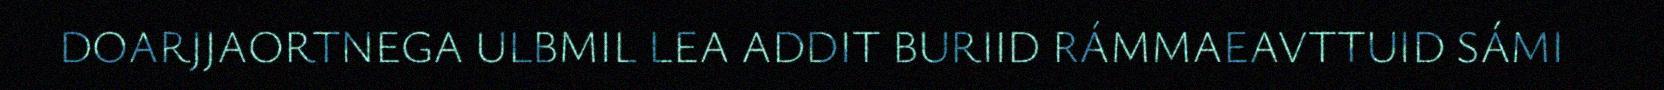
DOARJJAORTNEGA ULBMIL LEA ADDIT BURIID RÁMMAEAVTTUID SÁMI